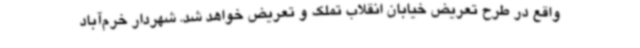
واقع در طرح تعریض خیابان انقلاب تملک و تعریض خواهد شد. شهردار خرم‌آباد